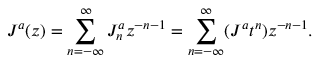
J ^ { a } ( z ) = \sum _ { n = - \infty } ^ { \infty } J _ { n } ^ { a } z ^ { - n - 1 } = \sum _ { n = - \infty } ^ { \infty } ( J ^ { a } t ^ { n } ) z ^ { - n - 1 } .